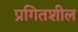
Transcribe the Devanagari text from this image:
प्रगितशील